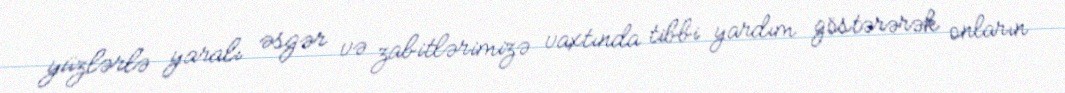
yüzlərlə yaralı əsgər və zabitlərimizə vaxtında tibbi yardım göstərərək onların